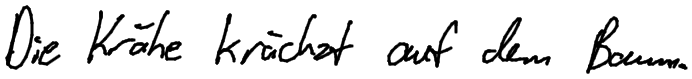
Die Krähe krächzt auf dem Baum.